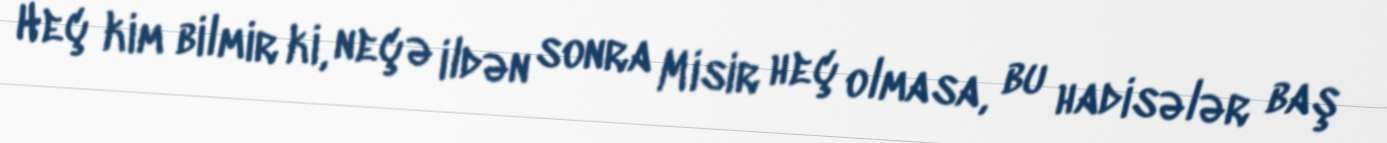
Heç kim bilmir ki, neçə ildən sonra Misir heç olmasa, bu hadisələr baş